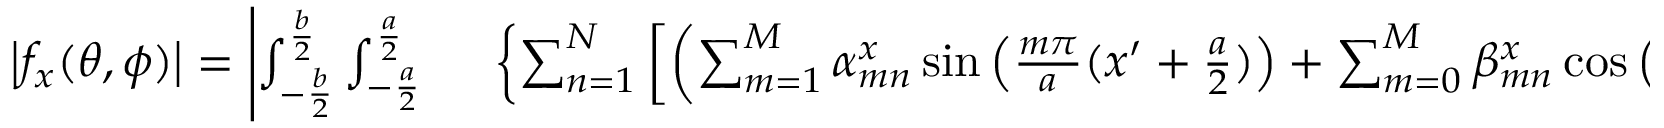
\begin{array} { r l } { \left| f _ { x } ( \theta , \phi ) \right| = \left| \int _ { - \frac { b } { 2 } } ^ { \frac { b } { 2 } } { \int _ { - \frac { a } { 2 } } ^ { \frac { a } { 2 } } { } } \right. } & { { } \left\{ \sum _ { n = 1 } ^ { N } \left[ \left( \sum _ { m = 1 } ^ { M } \alpha _ { m n } ^ { x } \sin \left( \frac { m \pi } { a } ( x ^ { \prime } + \frac { a } { 2 } ) \right) + \sum _ { m = 0 } ^ { M } \beta _ { m n } ^ { x } \cos \left( \frac { m \pi } { a } ( x ^ { \prime } + \frac { a } { 2 } ) \right) \right) \sin \left( \frac { n \pi } { b } ( y ^ { \prime } + \frac { b } { 2 } ) \right) \right] \right\} } \end{array}